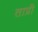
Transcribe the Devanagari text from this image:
ताप्री